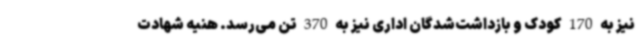
نیز به 170 کودک و بازداشت‌شدگان اداری نیز به 370 تن می‌رسد. هنیه شهادت